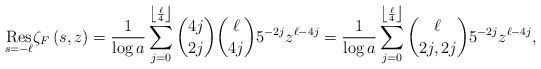
\begin{align*}\underset{s=-\ell }{\mathrm{Res}}\zeta _{F}\left( s,z\right) =\frac{1}{\log a}\sum_{j=0}^{\left\lfloor \frac{\mathrm{\ell }}{4}\right\rfloor }\binom{4j}{2j}\binom{\ell }{4j}5^{-2j}z^{\ell -4j} =\frac{1}{\log a}\sum_{j=0}^{\left\lfloor \frac{\mathrm{\ell }}{4}\right\rfloor }\binom{\ell }{2j,2j}5^{-2j}z^{\ell -4j},\end{align*}